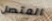
المتصل